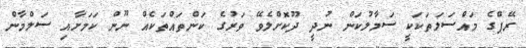
ރޭޕްގެ މައްސަލަތަކަކީ ސަމާލުކަން ނުދީ ދޫކޮށްލެވޭ ވަރުގެ ކަންތައްތަކެއް ނޫން ކަމަށާއި ސަލްމާން